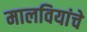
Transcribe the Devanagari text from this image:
मालवियांचे